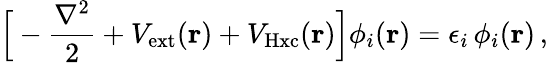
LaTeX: \Big[-\frac{\nabla^{2}}{2}+V_{\mathrm{ext}}({\mathbf r})+V_{\mathrm{Hxc}}({\mathbf r})\Big]\phi_{i}({\mathbf r})=\epsilon_{i}\, \phi_{i}({\mathbf r})\, ,